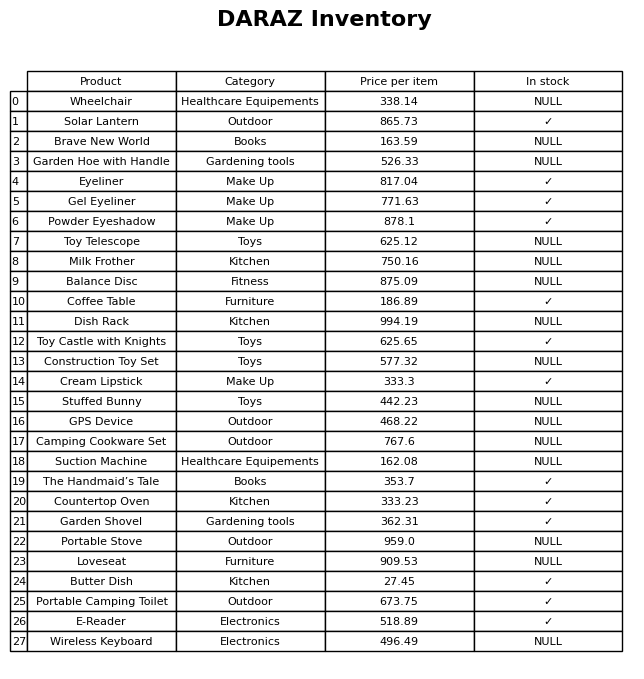
question: What is the price of the Cream Lipstick?
answer: The price of Cream Lipstick is 333.3.